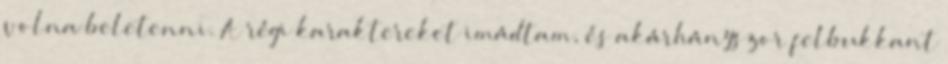
volna beletenni. A régi karaktereket imádtam, és akárhányszor felbukkant